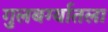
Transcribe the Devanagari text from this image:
गुलबर्ग्यातला